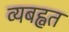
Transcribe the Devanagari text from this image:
व्यबह्वत